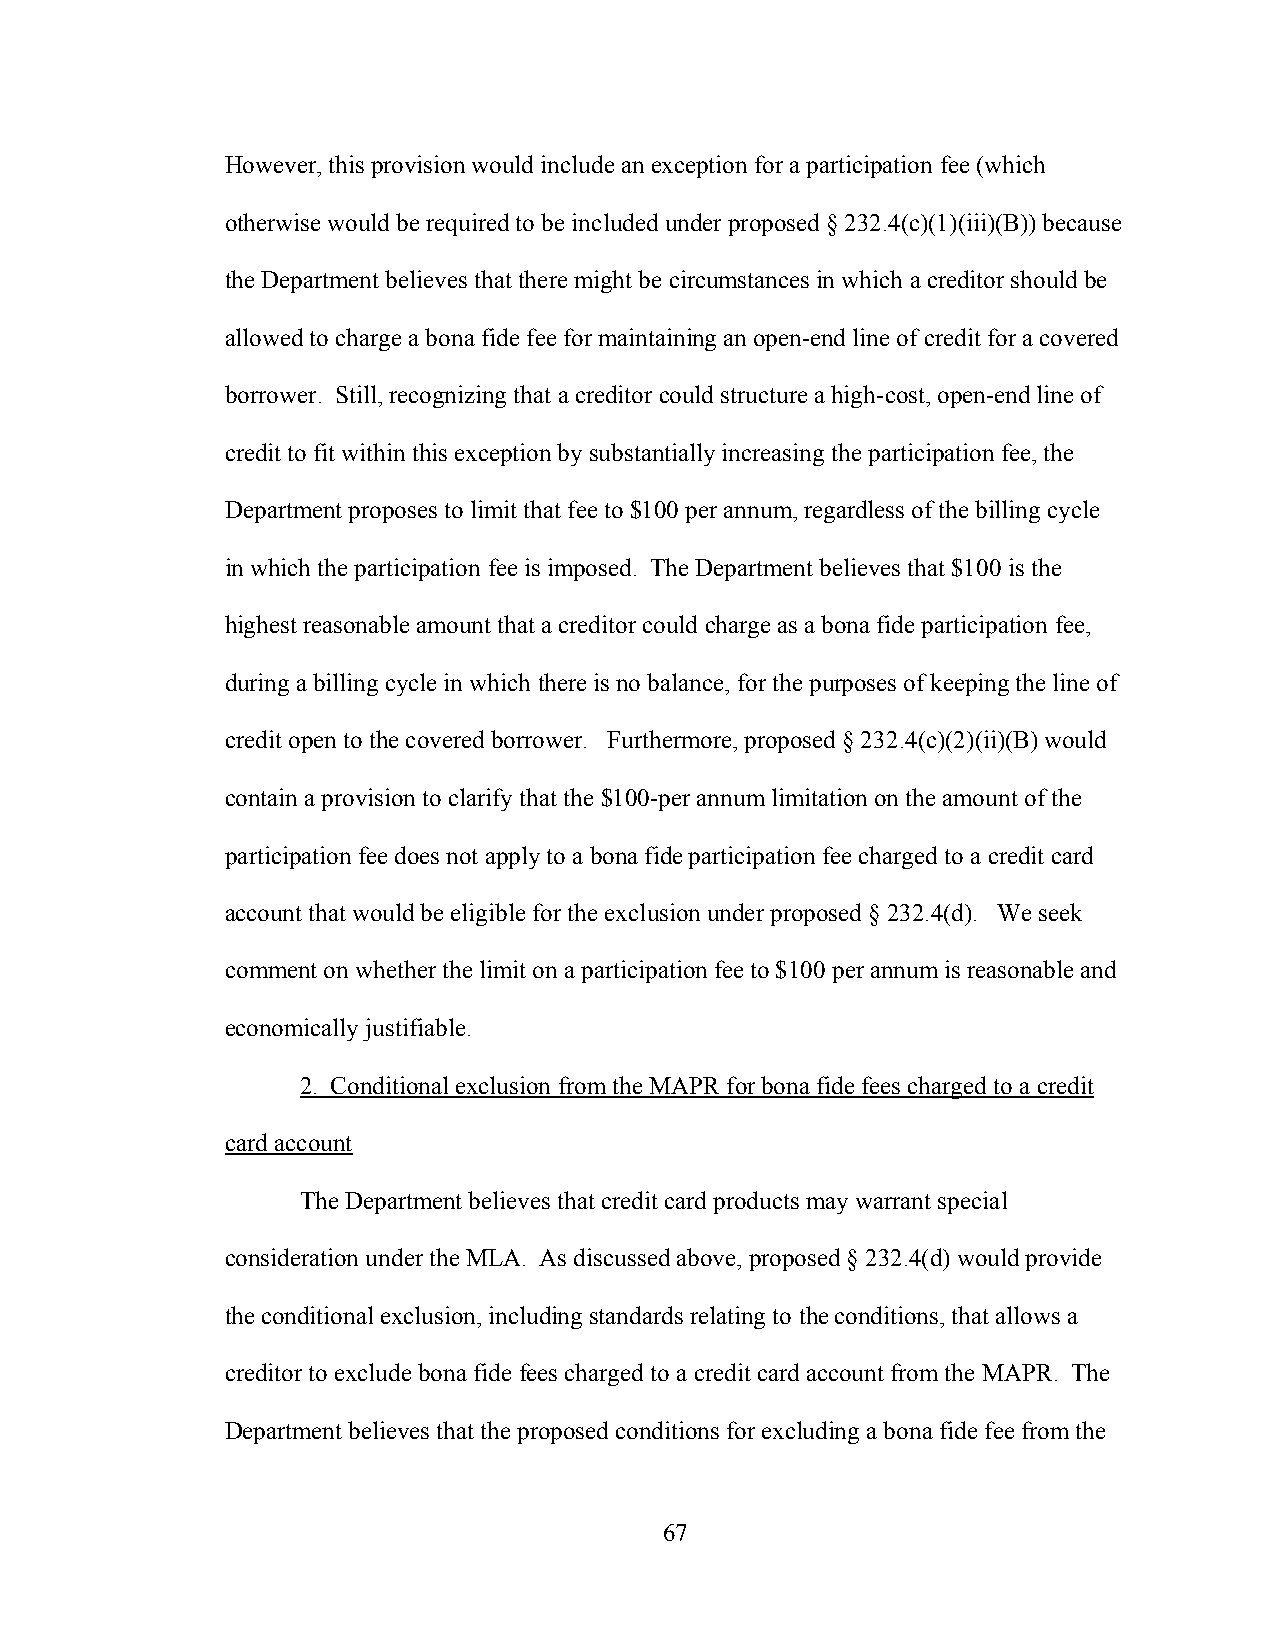
However, this provision would include an exception for a participation fee (which
 otherwise would be required to be included under proposed § 232.4(c)(1)(iii)(B)) because
 the Department believes that there might be circumstances in which a creditor should be
 allowed to charge a bona fide fee for maintaining an open-end line of credit for a covered
 borrower. Still, recognizing that a creditor could structure a high-cost, open-end line of
 credit to fit within this exception by substantially increasing the participation fee, the
 Department proposes to limit that fee to $100 per annum, regardless of the billing cycle
 in which the participation fee is imposed. The Department believes that $100 is the
 highest reasonable amount that a creditor could charge as a bona fide participation fee,
 during a billing cycle in which there is no balance, for the purposes of keeping the line of
 credit open to the covered borrower. Furthermore, proposed § 232.4(c)(2)(ii)(B) would
 contain a provision to clarify that the $100-per annum limitation on the amount of the
 participation fee does not apply to a bona fide participation fee charged to a credit card
 account that would be eligible for the exclusion under proposed § 232.4(d). We seek
 comment on whether the limit on a participation fee to $100 per annum is reasonable and
 economically justifiable.
 2. Conditional exclusion from the MAPR for bona fide fees charged to a credit
 card account
 The Department believes that credit card products may warrant special
 consideration under the MLA. As discussed above, proposed § 232.4(d) would provide
 the conditional exclusion, including standards relating to the conditions, that allows a
 creditor to exclude bona fide fees charged to a credit card account from the MAPR. The
 Department believes that the proposed conditions for excluding a bona fide fee from the
 67